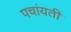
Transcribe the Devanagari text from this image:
पचांयती